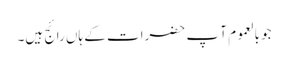
جو بالعموم آ پ حضرات کے ہاں رائج ہیں۔